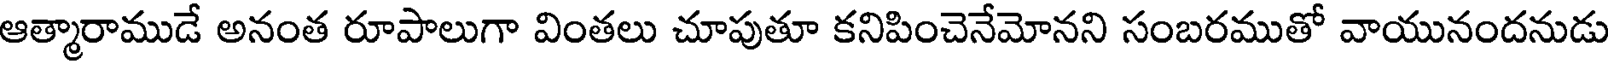
ఆత్మారాముడే అనంత రూపాలుగా వింతలు చూపుతూ కనిపించెనేమోనని సంబరముతో వాయునందనుడు